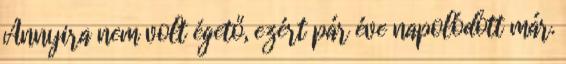
Annyira nem volt égető, ezért pár éve napolódott már.